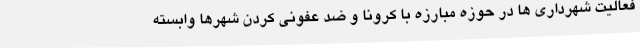
فعالیت شهرداری ها در حوزه مبارزه با کرونا و ضد عفونی کردن شهرها وابسته